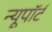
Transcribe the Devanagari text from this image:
न्यूपाॅर्ट